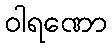
ဝါရဏော